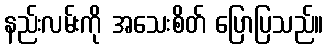
နည်းလမ်းကို အသေးစိတ် ပြောပြသည်။